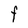
Character: F